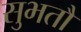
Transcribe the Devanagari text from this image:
सुभतौं